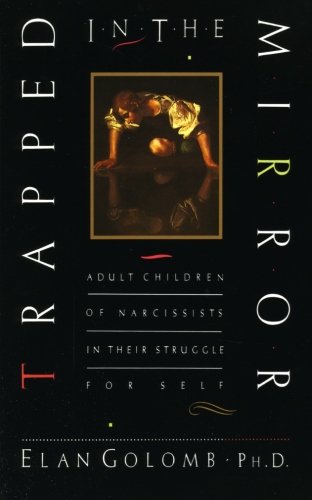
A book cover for Trapped in the Mirror: Adult Children of Narcissists in their Struggle for Self; Elan, PhD Golomb; Parenting & Relationships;